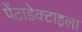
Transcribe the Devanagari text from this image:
पेंटाडेक्टाइला